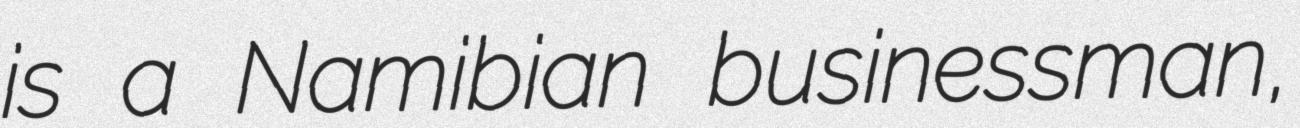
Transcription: is a Namibian businessman,